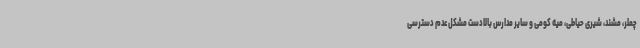
چملر، مشند، شیری حیاطی، میه کومی و سایر مدارس بالادست مشکل عدم دسترسی